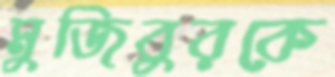
মুজিবুরকে